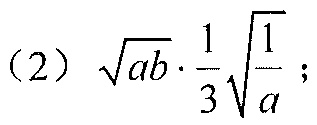
(2) $\sqrt{ab}\cdot\frac{1}{3}\sqrt{\frac{1}{a}}$；